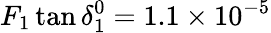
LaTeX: F_{1}\tan{\delta_{1}^{0}={1.1\times 10}^{-5}}